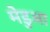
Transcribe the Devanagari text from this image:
मेडुआ